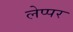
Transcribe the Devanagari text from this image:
लेप्पर